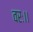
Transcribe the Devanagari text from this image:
वरः।।